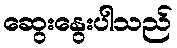
ဆွေးနွေးပါသည်